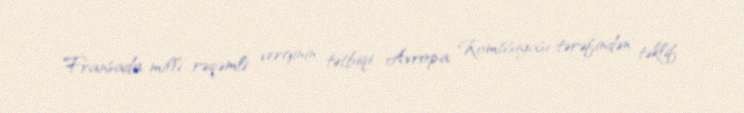
Fransada milli rəqəmli verginin tətbiqi Avropa Komissiyası tərəfindən təklif